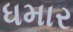
ધમાર